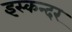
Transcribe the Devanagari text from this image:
इस्कन्दर